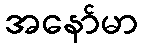
အနော်မာ